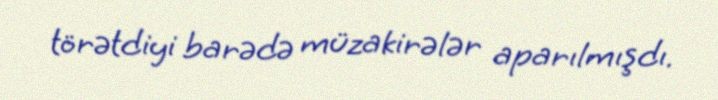
törətdiyi barədə müzakirələr aparılmışdı.